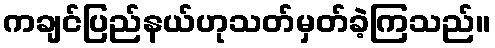
ကချင်ပြည်နယ်ဟုသတ်မှတ်ခဲ့ကြသည်။